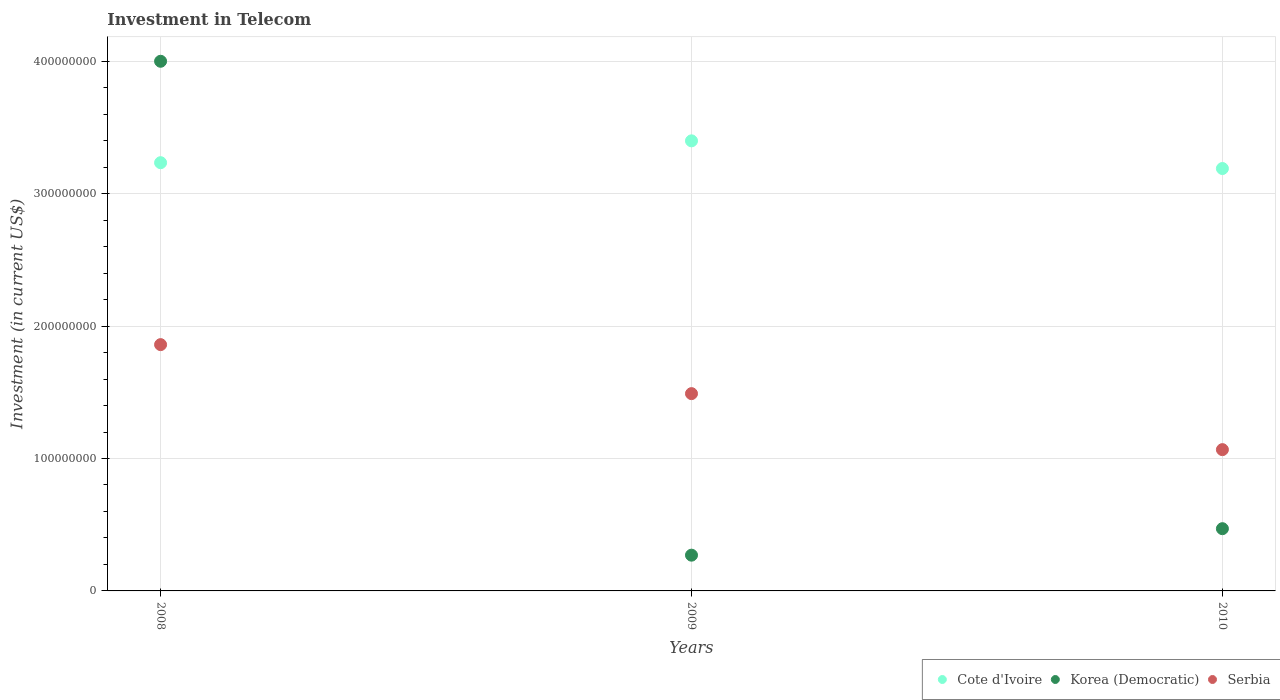
| Years | Cote d'Ivoire | Korea (Democratic) | Serbia |
 | --- | --- | --- | --- |
 | 2008 | 3.23e+08 | 4e+08 | 1.86e+08 |
 | 2009 | 3.4e+08 | 2.7e+07 | 1.49e+08 |
 | 2010 | 3.19e+08 | 4.7e+07 | 1.07e+08 |